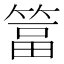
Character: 䈏